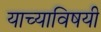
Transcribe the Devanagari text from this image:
याच्याविषयी